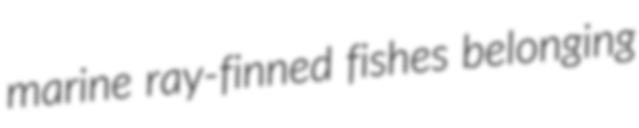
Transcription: marine ray-finned fishes belonging